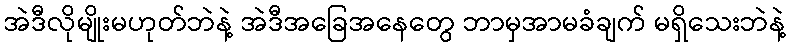
အဲဒီလိုမျိုးမဟုတ်ဘဲနဲ့ အဲဒီအခြေအနေတွေ ဘာမှအာမခံချက် မရှိသေးဘဲနဲ့